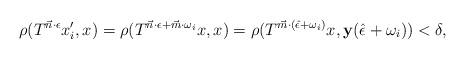
LaTeX: \begin{align*}\rho(T^{\vec{n}\cdot \epsilon}x_i',x)=\rho(T^{\vec{n}\cdot \epsilon+\vec{m}\cdot \omega_i}x,x)=\rho(T^{\vec{m}\cdot (\hat{\epsilon}+\omega_i)}x,\mathbf{y}(\hat{\epsilon}+\omega_i))<\delta ,\end{align*}